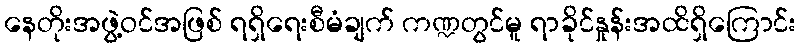
နေတိုးအဖွဲ့ဝင်အဖြစ် ရရှိရေးစီမံချက် ကဏ္ဍတွင်မူ ရာခိုင်နှုန်းအထိရှိကြောင်း